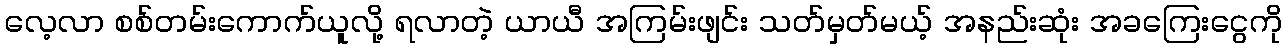
လေ့လာ စစ်တမ်းကောက်ယူလို့ ရလာတဲ့ ယာယီ အကြမ်းဖျင်း သတ်မှတ်မယ့် အနည်းဆုံး အခကြေးငွေကို